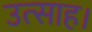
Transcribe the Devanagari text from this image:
उत्‍साह।